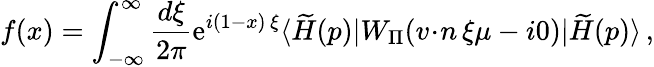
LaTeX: f(x)=\int_{-\infty}^{\infty}\frac{d\xi}{2\pi}\mathrm{e}^{i(1-x)\, \xi}\langle\widetilde{H}(p)|W_{\scriptstyle\Pi}({v\! \cdot\! n}\, \xi\mu-i0)|\widetilde{H}(p)\rangle\, ,